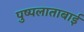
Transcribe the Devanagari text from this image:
पुष्पलाताबाई